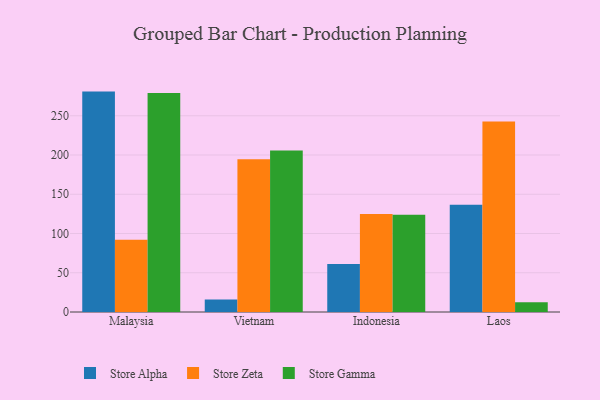
{"axis": {"x": "Country", "y": "Market Share (%)"}, "legend": ["Store Alpha", "Store Gamma", "Store Zeta"], "data": [{"x": "Malaysia", "y": 280.8, "type": "Store Alpha"}, {"x": "Malaysia", "y": 91.9, "type": "Store Zeta"}, {"x": "Malaysia", "y": 279.1, "type": "Store Gamma"}, {"x": "Vietnam", "y": 15.8, "type": "Store Alpha"}, {"x": "Vietnam", "y": 194.7, "type": "Store Zeta"}, {"x": "Vietnam", "y": 205.7, "type": "Store Gamma"}, {"x": "Indonesia", "y": 61.3, "type": "Store Alpha"}, {"x": "Indonesia", "y": 124.9, "type": "Store Zeta"}, {"x": "Indonesia", "y": 123.8, "type": "Store Gamma"}, {"x": "Laos", "y": 136.8, "type": "Store Alpha"}, {"x": "Laos", "y": 242.6, "type": "Store Zeta"}, {"x": "Laos", "y": 12.5, "type": "Store Gamma"}]}